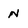
Character: N